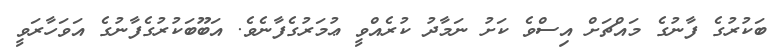
ބަކުރުގެ ފާނުގެ މައްޗަށް އިސްވެ ކަށު ނަމާދު ކުރެއްވީ ޢުމަރުގެފާނެވެ. އަބޫބަކުރުގެފާނުގެ އަވަހާރަވީ